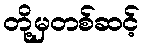
တို့မှတစ်ဆင့်